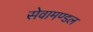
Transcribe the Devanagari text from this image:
सेवामण्डल